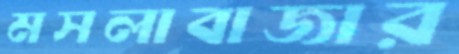
মসলাবাজার